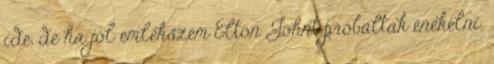
ide, de ha jól emlékszem Elton Johnt próbáltak énekelni.